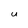
Character: U